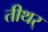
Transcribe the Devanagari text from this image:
तीथर्